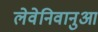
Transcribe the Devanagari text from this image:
लेवेनिवानुआ